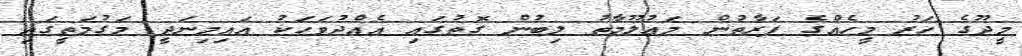
މީދޫގެ ހަރު މީހެއްގެ ފަރާތުން މަޢުލޫމާތު ލިބުން ގޮތުގައި އެއްދުވަހަކު އައިމިނަދީ މަގުމަތީގައި